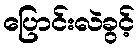
ပြောင်းလဲခွင့်